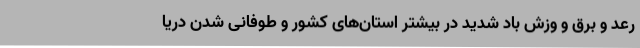
رعد و برق و وزش باد شدید در بیشتر استان‌های کشور و طوفانی شدن دریا